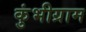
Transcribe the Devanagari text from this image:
कुंभीग्राम